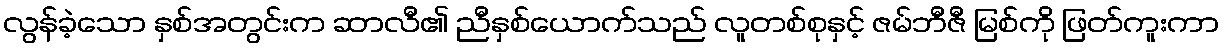
လွန်ခဲ့သော နှစ်အတွင်းက ဆာလီ၏ ညီနှစ်ယောက်သည် လူတစ်စုနှင့် ဇမ်ဘီဇီ မြစ်ကို ဖြတ်ကူးကာ